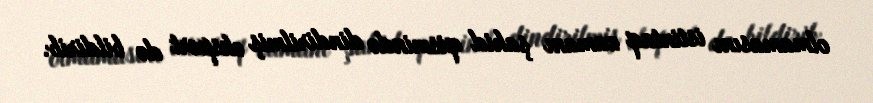
olmamasını istintaq zamanı şahid qismində dindirilmiş ekspert də bildirib.